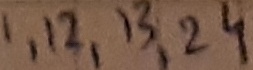
Text: 1,12,13,24